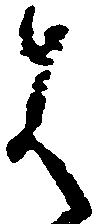
は